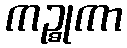
ကဉ္စုကာ